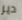
دير